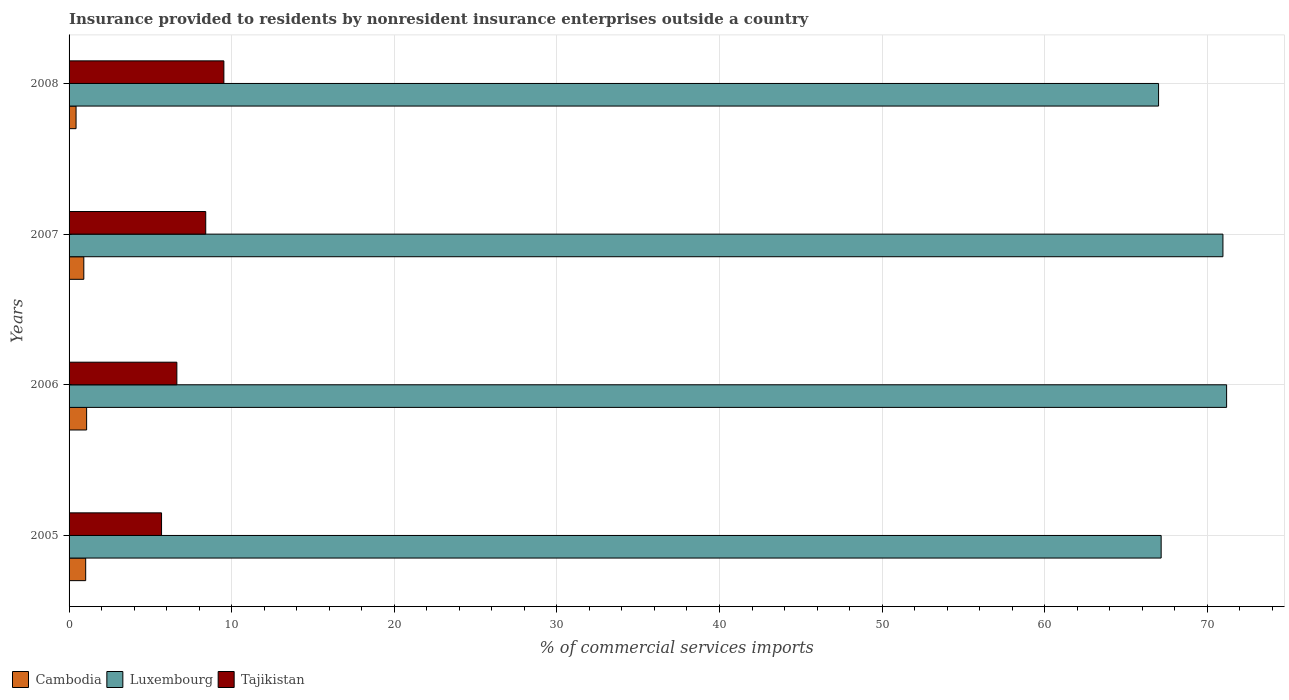
| Years | Cambodia | Luxembourg | Tajikistan |
 | --- | --- | --- | --- |
 | 2005 | 1.02 | 67.2 | 5.69 |
 | 2006 | 1.08 | 71.2 | 6.63 |
 | 2007 | 0.907 | 71 | 8.4 |
 | 2008 | 0.43 | 67 | 9.52 |